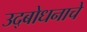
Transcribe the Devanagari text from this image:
उद्‌बोधनाचे